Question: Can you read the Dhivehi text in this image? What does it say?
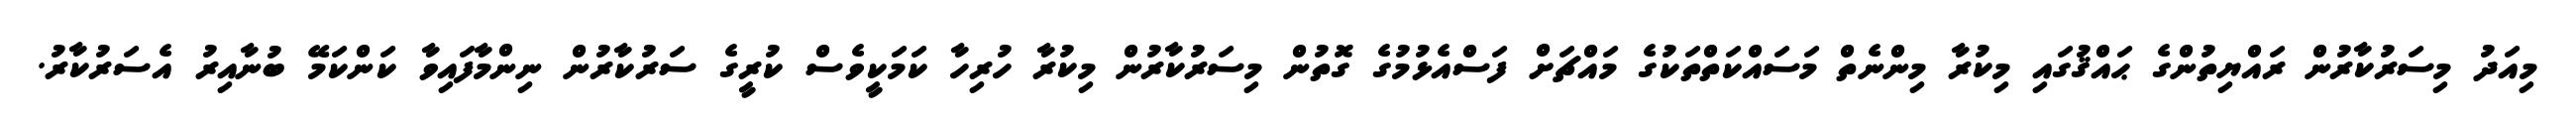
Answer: މިއަދު މިސަރުކާރުން ރައްޔިތުންގެ ޙައްޤުގައި މިކުރާ މިންނެތް މަސައްކަތްތަކުގެ މައްޗަށް ފަސްއެޅުމުގެ ގޮތުން މިސަރުކާރުން މިކުރާ ހުރިހާ ކަމަކީވެސް ކުރީގެ ސަރުކާރުން ނިންމާފައިވާ ކަންކަމޭ ބުނާއިރު އެސަރުކާރު.